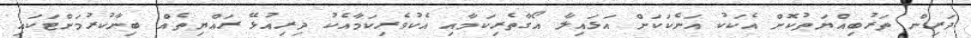
ދަރިން ތަރުބިއްޔަތުކޮށް އެކަކު އަނެކަކަށް އަޅައިލާ އޯގާތެރިކަމާއި އެކުވެރިކަމާއެކު ދިރިއުޅޭ ރައްޔިތެއް ބިނާކުރުމަށްޓަކައި